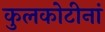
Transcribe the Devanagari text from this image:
कुलकोटीनां